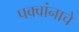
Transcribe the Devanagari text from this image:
पक्वांनाचे